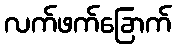
လက်ဖက်ခြောက်